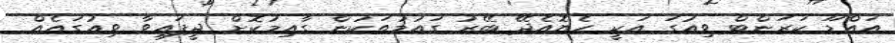
އައްޑޫ ކަރަންޓް ވިއުގަ އަކީ ހެޔޮއެދޭ ބޭރު ގައުމުތަކުން ގާއިމުކޮށް ދީފައިވާ ވިއުގައެއް